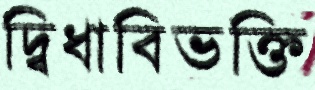
দ্বিধাবিভক্তি